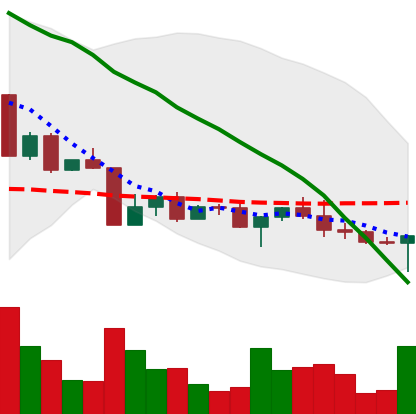
Ticker: ADA-USD
Chart end date: 2022-04-25
Forward return: -15.805%
Label: down_7plus